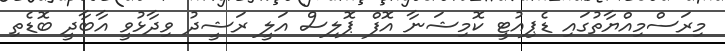
މިރަސްމިއްޔާތުގައި ޑެޕިއުޓީ ކޮމިޝަނާ އޮފް ޕޮލިސް އަލީ ރަޝީދު ވިދާޅުވީ އާބާދީ ބޮޑެތި